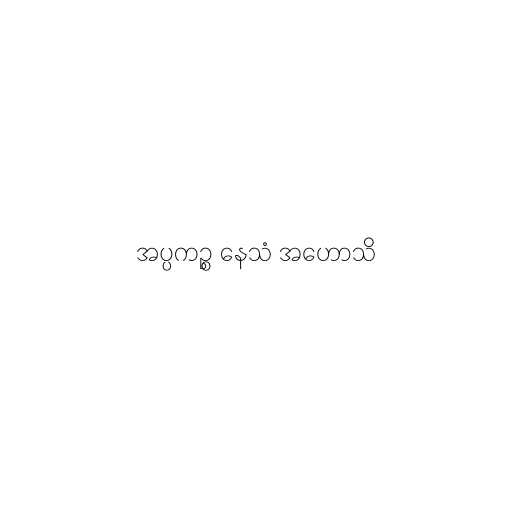
အပ္ပကဉ္စ နေသံ အဟောသိ